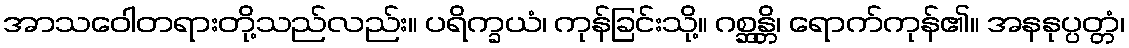
အာသဝေါတရားတို့သည်လည်း။ ပရိက္ခယံ၊ ကုန်ခြင်းသို့။ ဂစ္ဆန္တိ၊ ရောက်ကုန်၏။ အနနုပ္ပတ္တံ၊